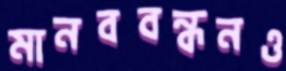
মানববন্ধনও